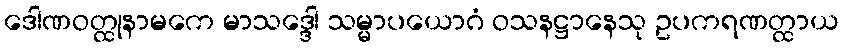
ဒေါဏဝတ္ထုနာမကေ မာသဒ္ဒေါ သမ္မာပယောဂံ ဝသနဋ္ဌာနေသု ဥပကရဏတ္ထာယ